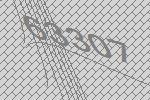
63307